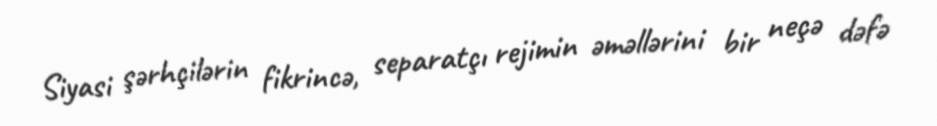
Siyasi şərhçilərin fikrincə, separatçı rejimin əməllərini bir neçə dəfə